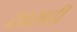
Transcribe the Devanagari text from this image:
खराठी